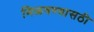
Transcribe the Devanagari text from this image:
मिळवण्यासठी